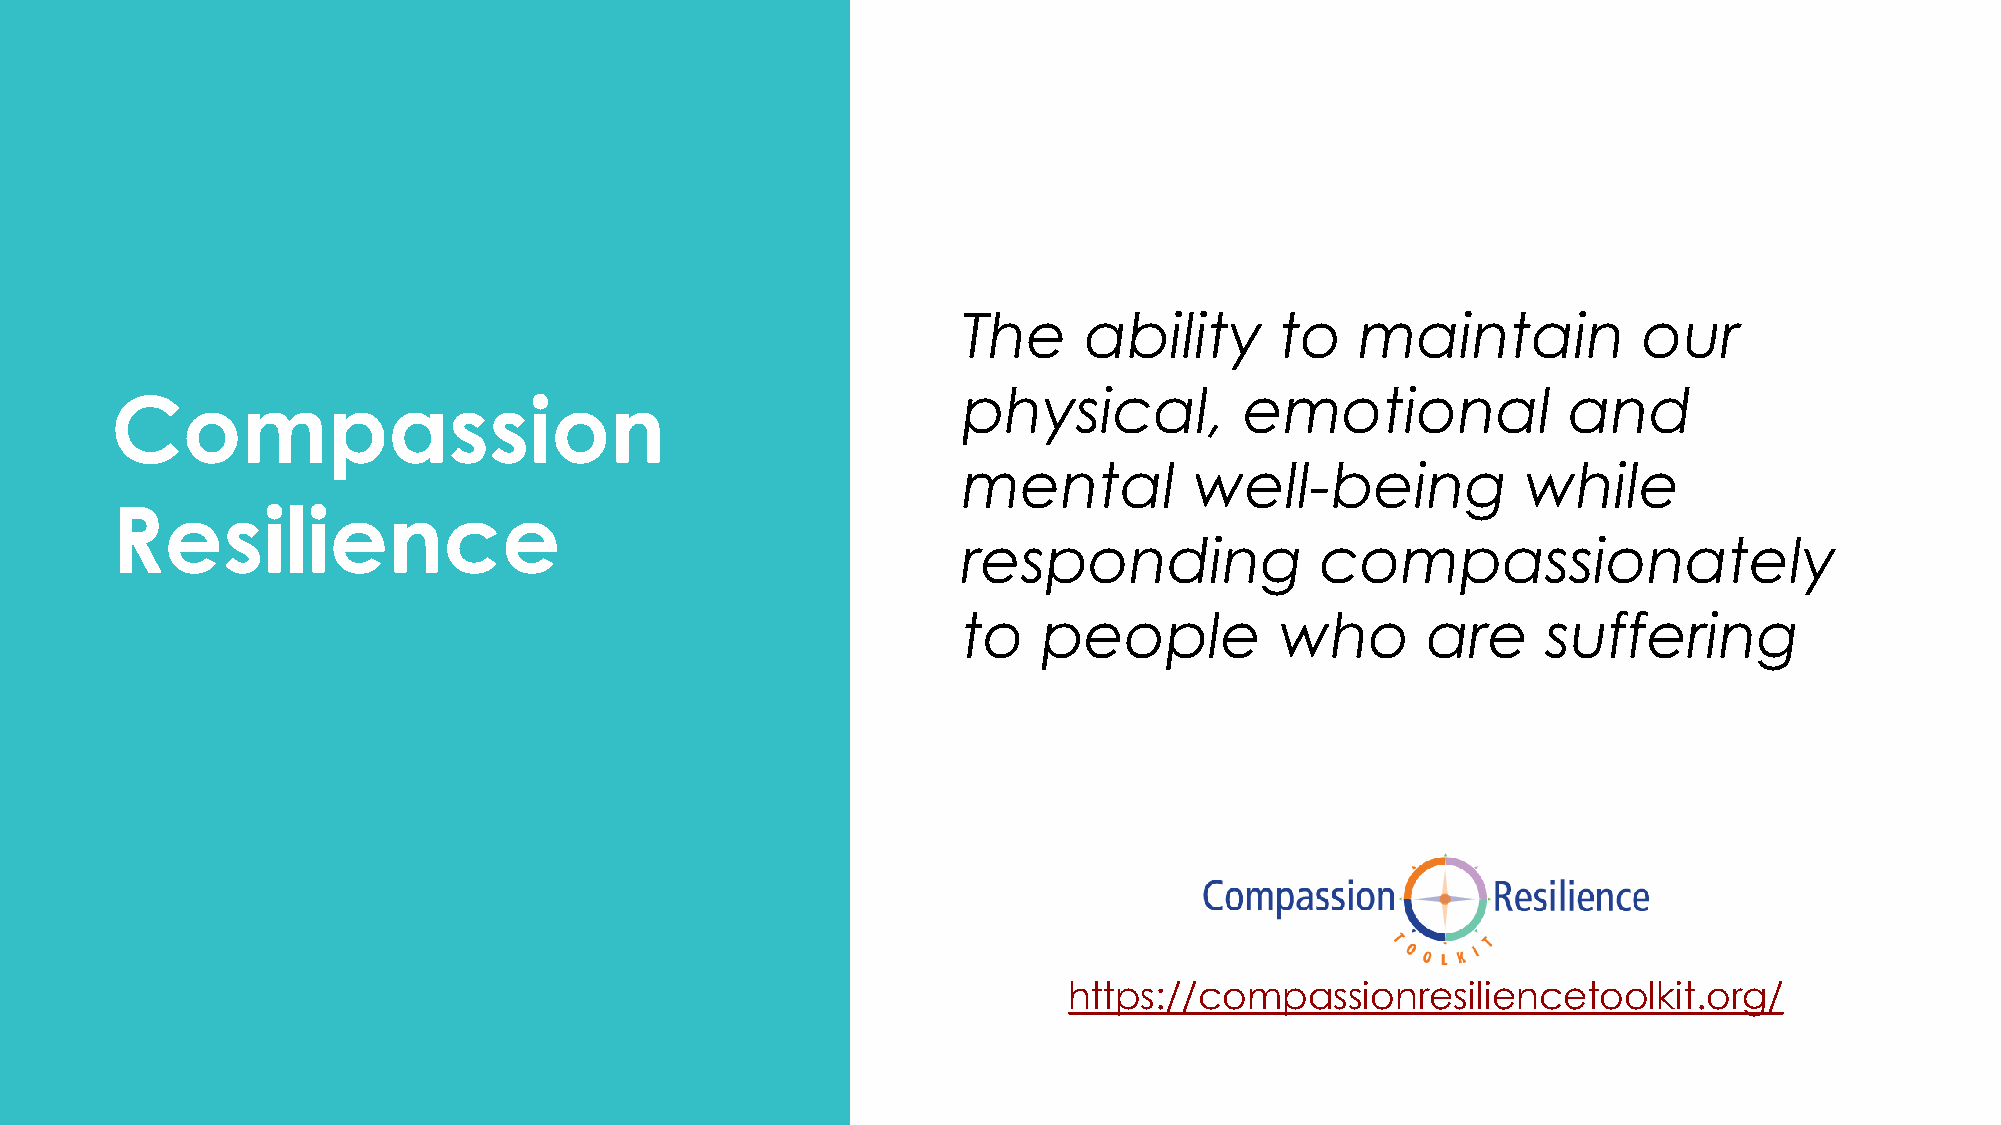
The     ability      to   maintain           our
 physical,         emotional             and
 Compassion
 mental         well-being            while
 Resilience
 responding             compassionately
 to   people          who      are     suffering
 https://compassionresiliencetoolkit.org/